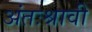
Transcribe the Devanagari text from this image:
अंतःश्रावी